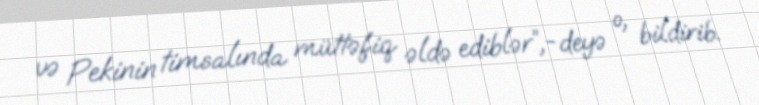
və Pekinin timsalında müttəfiq əldə ediblər”,-deyə o, bildirib.